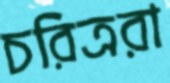
চরিত্ররা